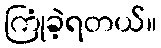
ကြုံခဲ့ရတယ်။